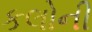
કલોની